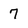
Character: 7